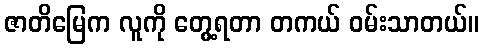
ဇာတိမြေက လူကို တွေ့ရတာ တကယ် ဝမ်းသာတယ်။